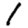
Digit: 1